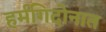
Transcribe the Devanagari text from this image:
हर्मगिदोनात